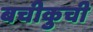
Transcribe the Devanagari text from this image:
बचीकुची